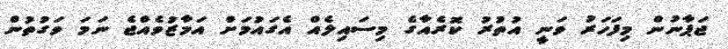
ޖަޕާނުން މިފަހަރު ވަނީ އުތުރު ކޮރެއާގެ މިސައިލެއް އެގައުމަށް އަމާޒުވެއްޖެ ނަމަ ވަގުތުން